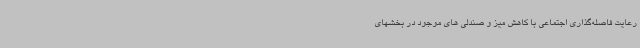
رعایت فاصله‌گذاری اجتماعی با کاهش میز و صندلی‌ های موجود در بخشهای